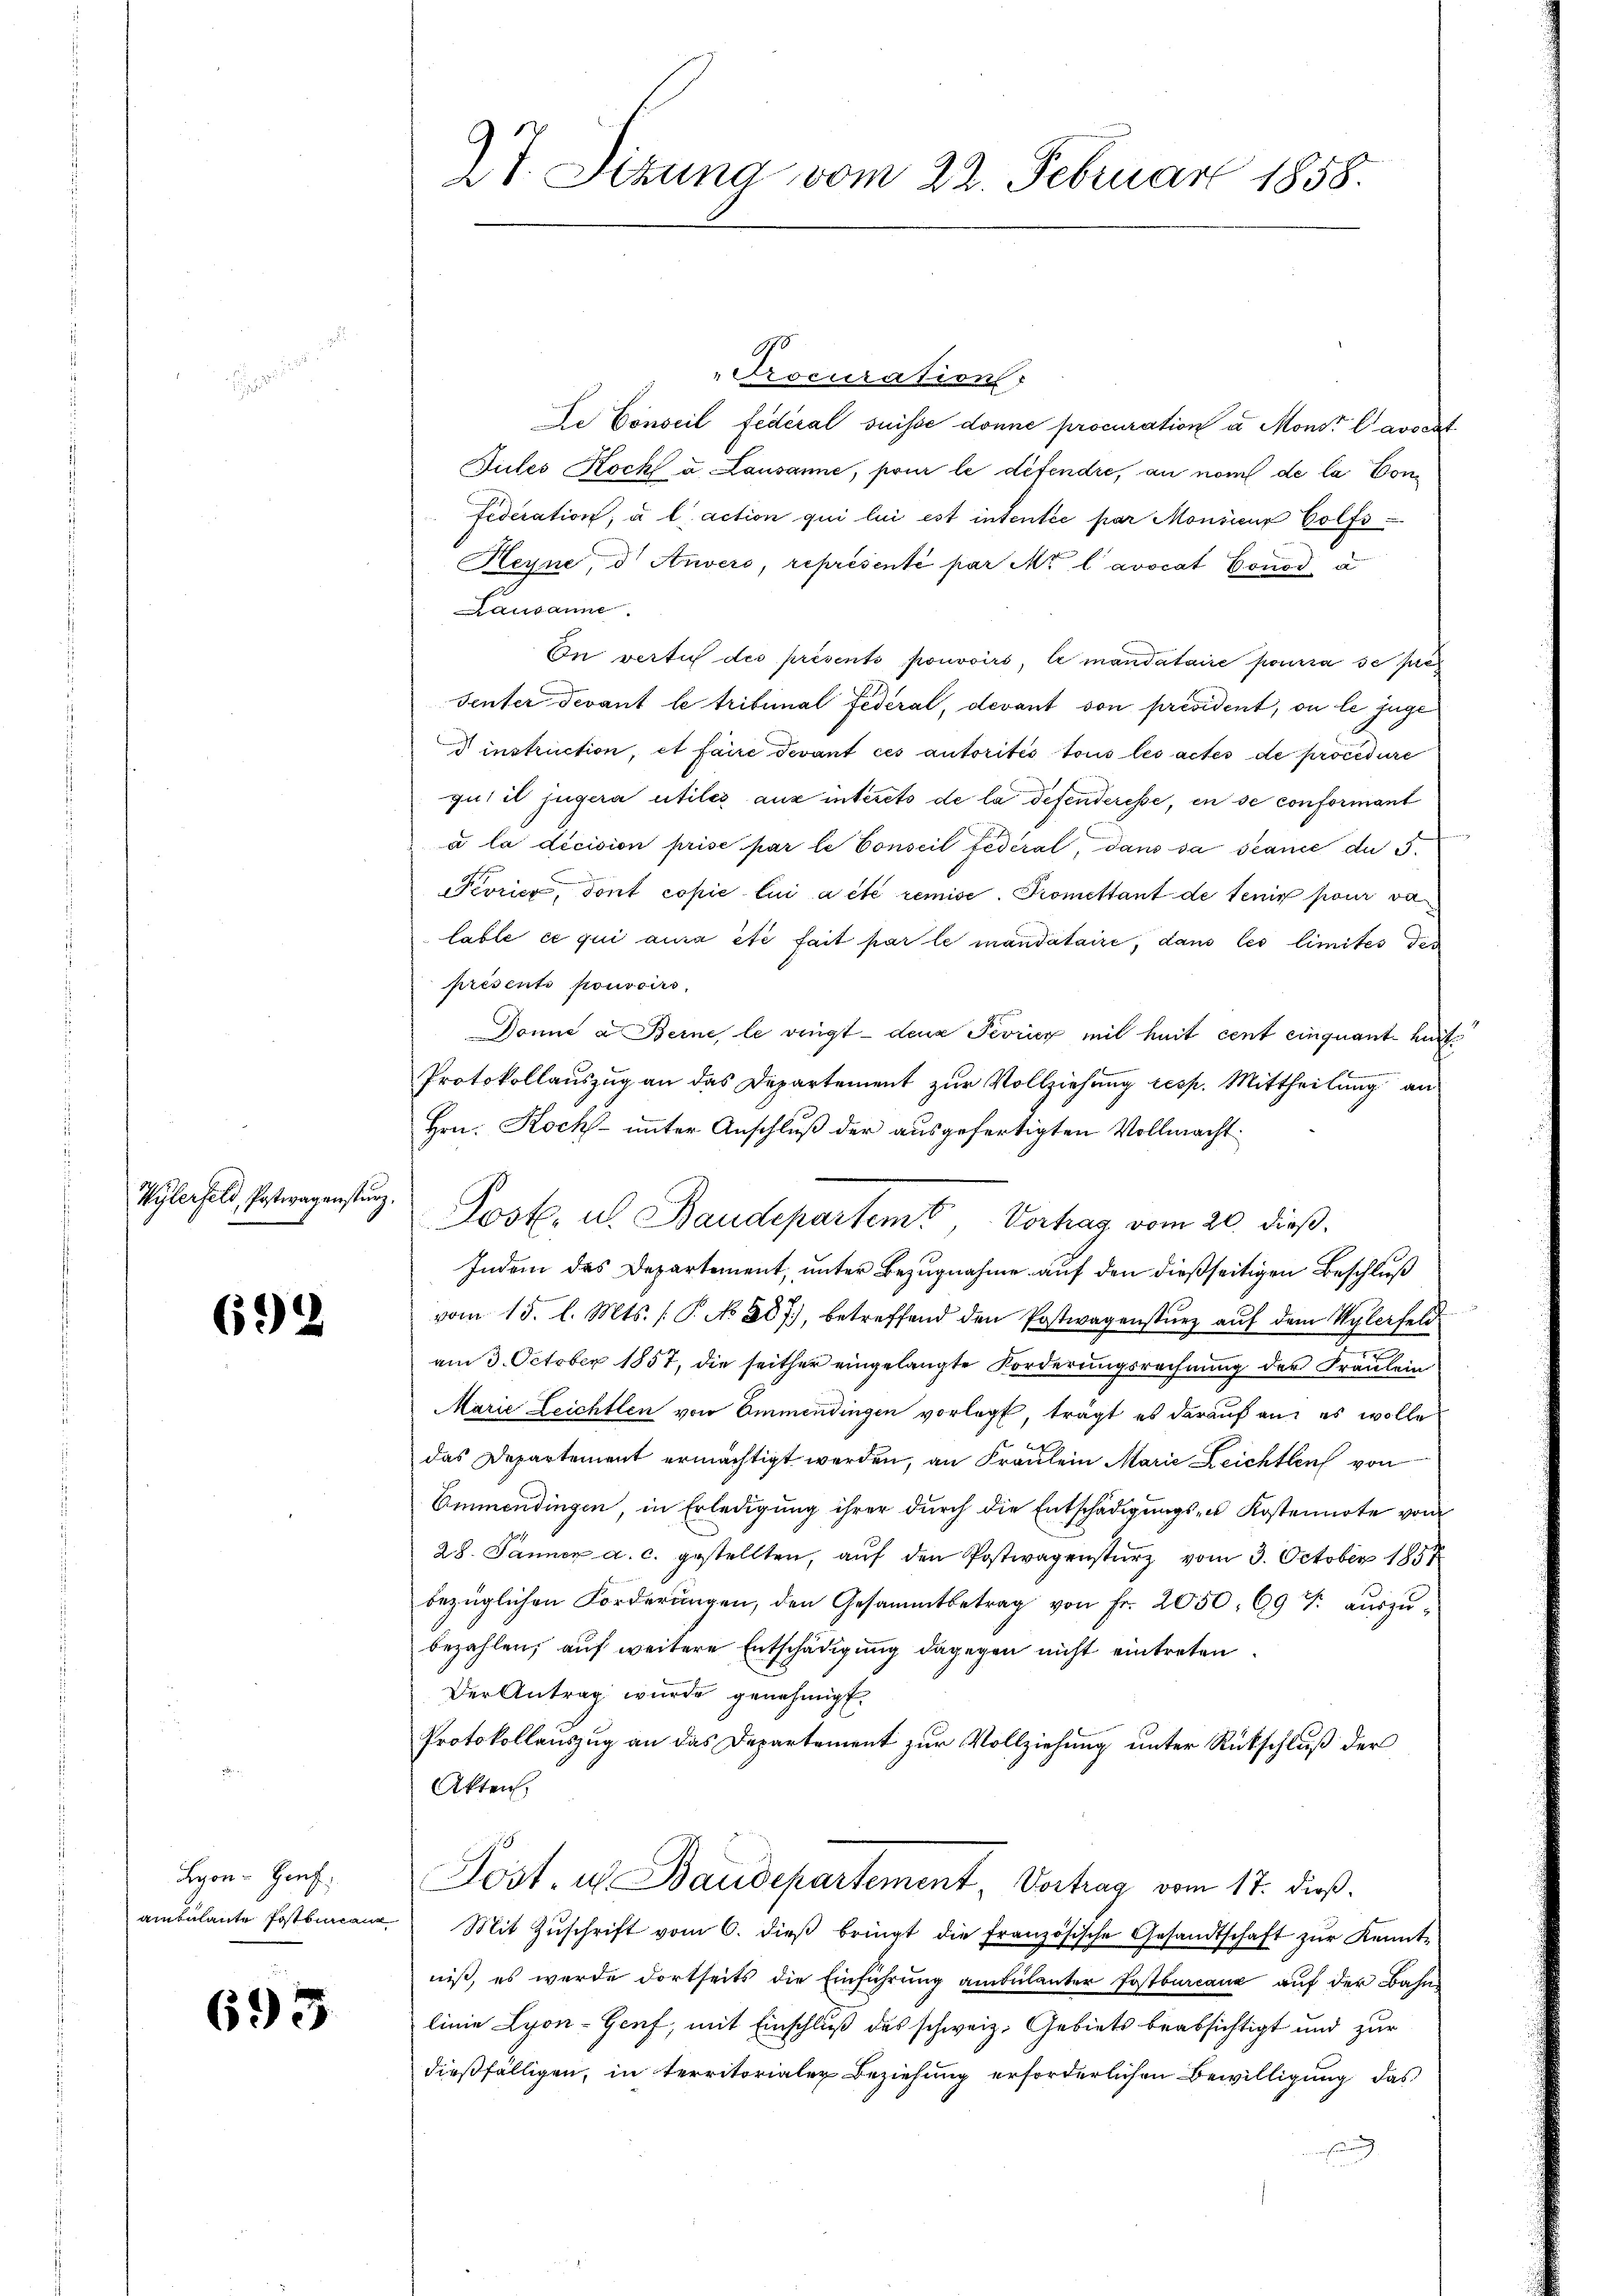
Wylerfeld, Postwagensturz.

692

Procuration
De Conseil fédéral suisse donne procuration a Monst Cavocat
Jucles Rock a. Lausanne, pour le détendre, an nom de la Donfederation; à l’action qui lui est intentée par Monsieur Wolfs¬
Heyne, d. Anvers, représenté par Mo l avocat Conod, a
Lausanne.
In vertu des présents pouvoirs, le mandataire pourra se pres
Senter Devant le tribunal Federal, devant von président, ou le juge
 instruction, et faire devant ces autorités tous les actes de procedure
gut il jugera utiles aux interets de la defenderesse, in se conformant
a la décision prise par le Conseil fédéral, dans da scance de 3.
Peorica, dont copie lui a été remise. Promettant de tenir pour da
lable ce qui aura été fait par le mandataire, dans les limites des
présents pouvoirs,
Donne a Berne le ringt - den Terrier mit heit cent einquant mit
Protokollauszug an das Departement zur Vollziehung resp. Mittheilung an
Hrn. Koch- unter Anschluß der ausgefertigten Vollmacht:
Indem des Departement, unter Bezugnahme auf den dießseitigen Beschluß
vom 15. l. Mts. (T. No 207, betreffend den Postwagensturz auf dem Sylerfeldam 3. October 1857, die seither eingelangte Forderungsrechnung der Fraulein
Marie Zeichtlen von Emmendingen vorlegt, trägt es darauf an es wolle
das Departement ermächtigt werden, an Fräulein Marie Leichten von
Emmendingen, in Erledigung ihrer durch die Entschädigungs- u Kostennote von
28. Jänner a. c. gestellten, aŭf den Postwagensturz vom 3. October 1857
bezüglichen Forderŭngen, den Gesammtbetrag von Fr. 2050. 69 f. aŭszŭ-
bezahlen, auf weitere Entschädigung dagegen nicht eintreten.
Der Antrag wurde genehmigt.
Protokollauszug an das Departement zur Vollziehung unter Rückschluß der
Akten.
Pöst. u Baudepartement, Vortrag vom 17. dieß.
ambulante Postbar. Mit Zŭschrift vom 6. dieβ bringt die französische Gesandtschaft zŭr Kennt-
niß, es wurde dortseits die Einführung ambulanter Fastbureaux auf der Bahn
linie Lyon-Genf, mit Einschluß des schweiz. Gebiets beabsichtigt und zur
dießfälligen, in territorialer Beziehung erforderlichen Bewilligung das

Lyon - Genf;

693

27. Situng vom 22. Februar 1858.

Post. u. Baudepartem Verhag vom 20. dieß.